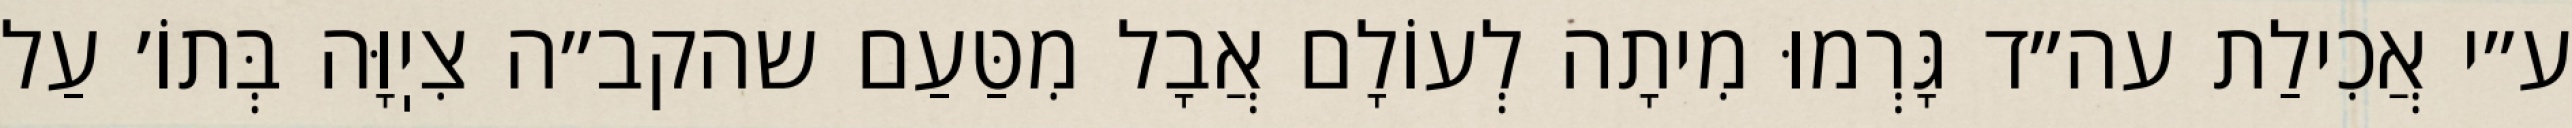
ע״י אֲכִילַת עה״ד גָּרְמוּ מִיתָה לְעוֹלָם אֲבָל מִטַּעַם שהקב״ה צִיֽוָּה בְּתוֹ׳ עַל